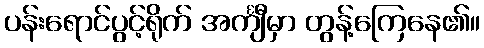
ပန်းရောင်ပွင့်ရိုက် အင်္ကျီမှာ တွန့်ကြေနေ၏။